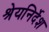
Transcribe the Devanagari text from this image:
श्रेयनिर्देश